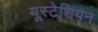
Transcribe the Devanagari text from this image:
यूस्टेशियन